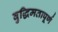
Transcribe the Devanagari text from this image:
वुद्धिमतापूर्ण